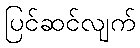
ပြင်ဆင်လျက်